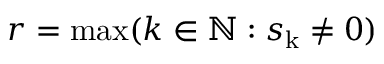
r = \mathrm { m a x } ( k \in \mathbb { N } : s _ { \mathrm { k } } \neq 0 )